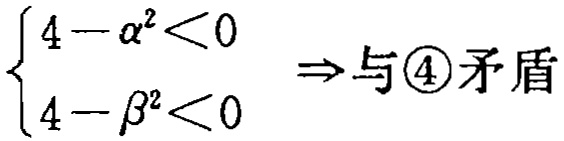
$\begin{cases}4 - \alpha^{2} < 0 \\ 4 - \beta^{2} < 0\end{cases} \Rightarrow 与\textcircled{4}矛盾$